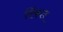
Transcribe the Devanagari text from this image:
रिंकल